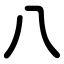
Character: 八